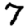
Digit: 7